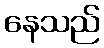
နေသည်